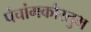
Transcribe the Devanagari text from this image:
पंचांगकौस्तुभ